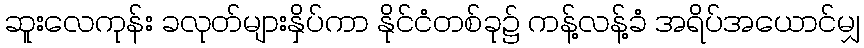
ဆူးလေကုန်း ခလုတ်များနှိပ်ကာ နိုင်ငံတစ်ခု၌ ကန့်လန့်ခံ အရိပ်အယောင်မျှ